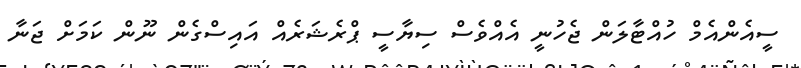
ސީއެންއެމް ހުއްޓާލަން ޖެހުނީ އެއްވެސް ސިޔާސީ ޕްރެޝަރެއް އައިސްގެން ނޫން ކަމަށް ޖަނާ